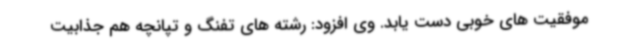
موفقیت های خوبی دست یابد. وی افزود: رشته های تفنگ و تپانچه هم جذابیت